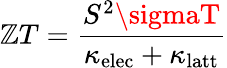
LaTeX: \mathbb{Z}T=\frac{{S^{2}\sigmaT}}{{\kappa_{\mathrm{{elec}}}+\kappa_{\mathrm{{latt}}}}}